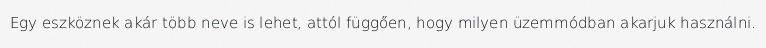
Egy eszköznek akár több neve is lehet, attól függően, hogy milyen üzemmódban akarjuk használni.